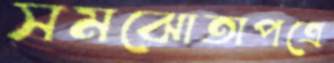
সমঝোতাপত্রে